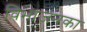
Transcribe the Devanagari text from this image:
विभाजनका